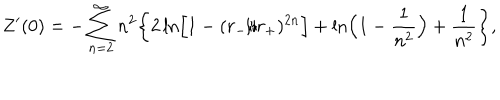
LaTeX: Z ^ { \prime } ( 0 ) = - \sum _ { n = 2 } ^ { \infty } n ^ { 2 } \biggr \{ 2 \ln \Bigr [ 1 - ( r _ { - } / r _ { + } ) ^ { 2 n } \Bigr ] + \ln \Bigr ( 1 - { \frac { 1 } { n ^ { 2 } } } \Bigr ) + { \frac { 1 } { n ^ { 2 } } } \biggr \} ,